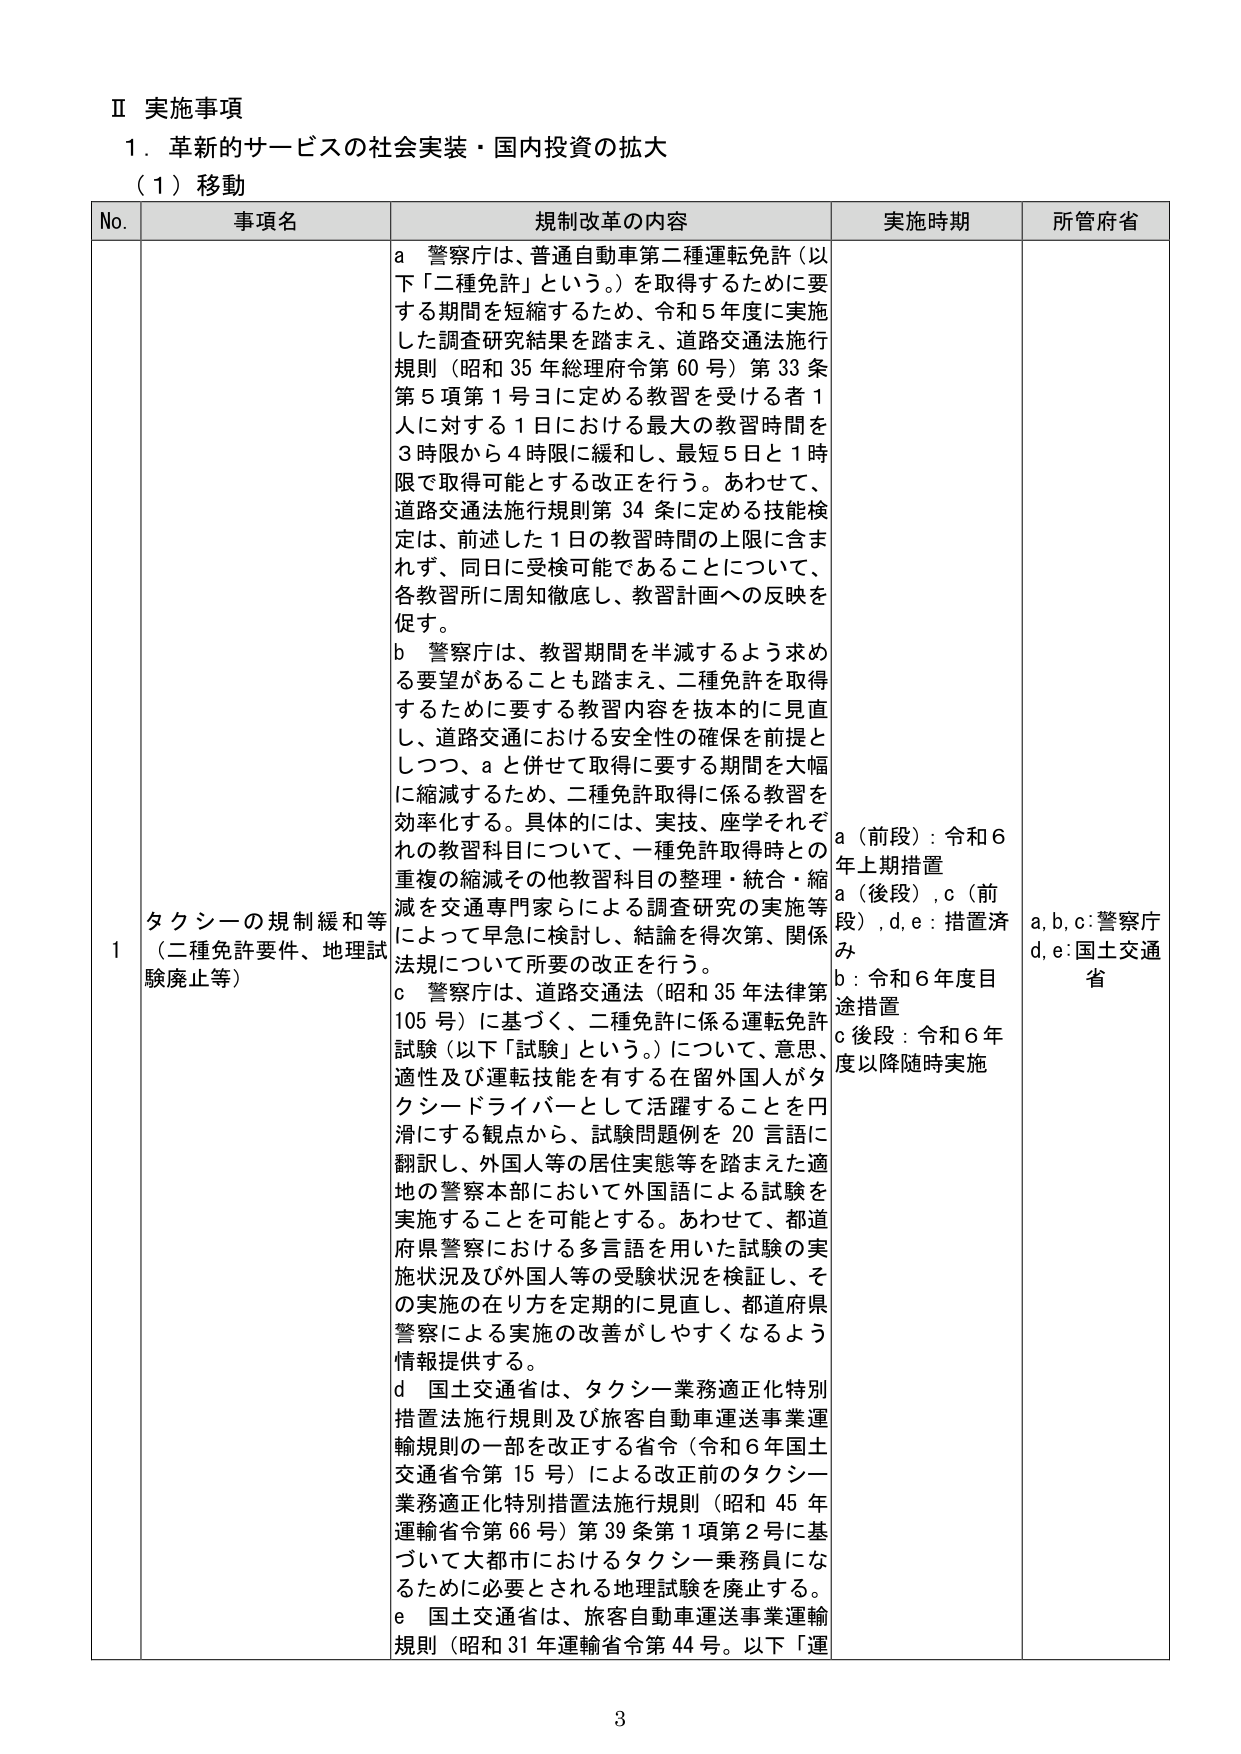
Ⅱ 実施事項
１．革新的サービスの社会実装・国内投資の拡大
（１）移動

No. 事項名 規制改革の内容 実施時期 所管府省

1 タクシーの規制緩和等 （二種免許要件、地理試験廃止等）
a 警察庁は、普通自動車第二種運転免許（以下「二種免許」という。）を取得するために要する期間を短縮するため、令和５年度に実施した調査研究結果を踏まえ、道路交通法施行規則（昭和35年総理府令第60号）第33条第5項第1号ヨに定める教習を受ける者1人に対する1日における最大の教習時間を3時限から4時限に緩和し、最短5日と1時限で取得可能とする改正を行う。あわせて、道路交通法施行規則第34条に定める技能検定は、前述した1日の教習時間の上限に含まれず、同日に受検可能であることについて、各教習所に周知徹底し、教習計画への反映を促す。
b 警察庁は、教習期間を半減するよう求める要望があることも踏まえ、二種免許を取得するために要する教習内容を抜本的に見直し、道路交通における安全性の確保を前提としつつ、aと併せて取得に要する期間を大幅に縮減するため、二種免許取得に係る教習を効率化する。具体的には、実技、座学それぞれの教習科目について、一種免許取得時との重複の縮減その他教習科目の整理・統合・縮減を交通専門家らによる調査研究の実施等によって早急に検討し、結論を得次第、関係法規について所要の改正を行う。
c 警察庁は、道路交通法（昭和35年法律第105号）に基づく、二種免許に係る運転免許試験（以下「試験」という。）について、意思、適性及び運転技能を有する在留外国人がタクシードライバーとして活躍することを円滑にする観点から、試験問題例を20言語に翻訳し、外国人等の居住実態等を踏まえた適地の警察本部において外国語による試験を実施することを可能とする。あわせて、都道府県警察における多言語を用いた試験の実施状況及び外国人等の受験状況を検証し、その実施の在り方を定期的に見直し、都道府県警察による実施の改善がしやすくなるよう情報提供する。
d 国土交通省は、タクシー業務適正化特別措置法施行規則及び旅客自動車運送事業運輸規則の一部を改正する省令（令和6年国土交通省令第15号）による改正前のタクシー業務適正化特別措置法施行規則（昭和45年運輸省令第66号）第39条第1項第2号に基づいて大都市におけるタクシー乗務員になるために必要とされる地理試験を廃止する。
e 国土交通省は、旅客自動車運送事業運輸規則（昭和31年運輸省令第44号。以下「運

a（前段）：令和6年上期措置
a（後段）,c（前段）,d,e：措置済み
b：令和6年度目途措置
c後段：令和6年度以降随時実施

a,b,c：警察庁
d,e：国土交通省

3